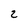
Character: 2